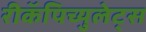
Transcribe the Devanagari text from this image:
रीकॅपिच्युलेट्स